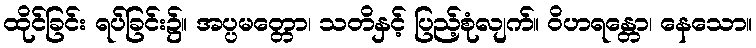
ထိုင်ခြင်း ရပ်ခြင်း၌။ အပ္ပမတ္တော၊ သတိနှင့် ပြည့်စုံလျက်။ ဝိဟရန္တော၊ နေသော။